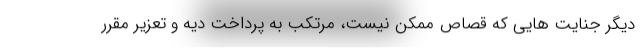
دیگر جنایت هایی که قصاص ممکن نیست، مرتکب به پرداخت دیه و تعزیر مقرر